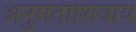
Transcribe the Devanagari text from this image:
अनुमतीशिवाय